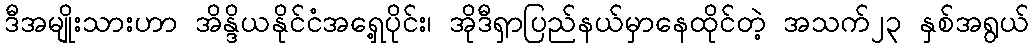
ဒီအမျိုးသားဟာ အိန္ဒိယနိုင်ငံအရှေ့ပိုင်း၊ အိုဒီရှာပြည်နယ်မှာနေထိုင်တဲ့ အသက်၂၃ နှစ်အရွယ်